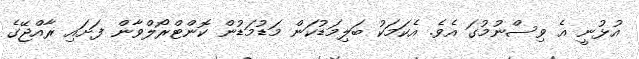
އުޅުނީ އެ ވިސްނުމުގަ އެވެ. އެކަމަކު ބަލިމަޑުކަން މަޑުމަޑުން ކޮންޓްރޯލްވާން ފަށައި ރާއްޖޭގެ